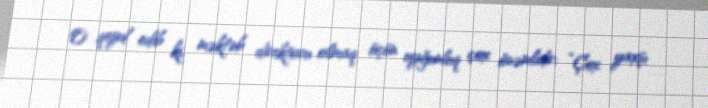
O qeyd edib ki, məktəb direktoru olmaq üçün uyğunluq çox önəmlidir: “Çox yaxşı